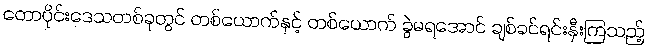
တောပိုင်းဒေသတစ်ခုတွင် တစ်ယောက်နှင့် တစ်ယောက် ခွဲမရအောင် ချစ်ခင်ရင်းနှီးကြသည့်